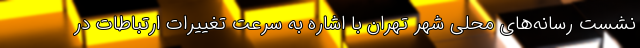
نشست رسانه‌های محلی شهر تهران با اشاره به سرعت تغییرات ارتباطات در